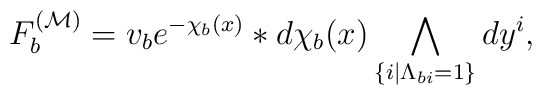
F_b^{({\cal M})}=v_be^{-\chi_b(x)}\ast d\chi_b(x)\bigwedge_{\{i|\Lambda_{bi}=1\}} dy^i,